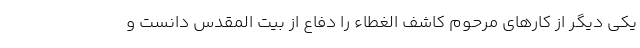
یکی دیگر از کارهای مرحوم کاشف الغطاء را دفاع از بیت المقدس دانست و